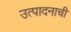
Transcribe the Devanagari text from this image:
उत्‍पादनाची